Punjab Mental Hospital Lahore 1922-31 - 1922-1931
Year: 1922
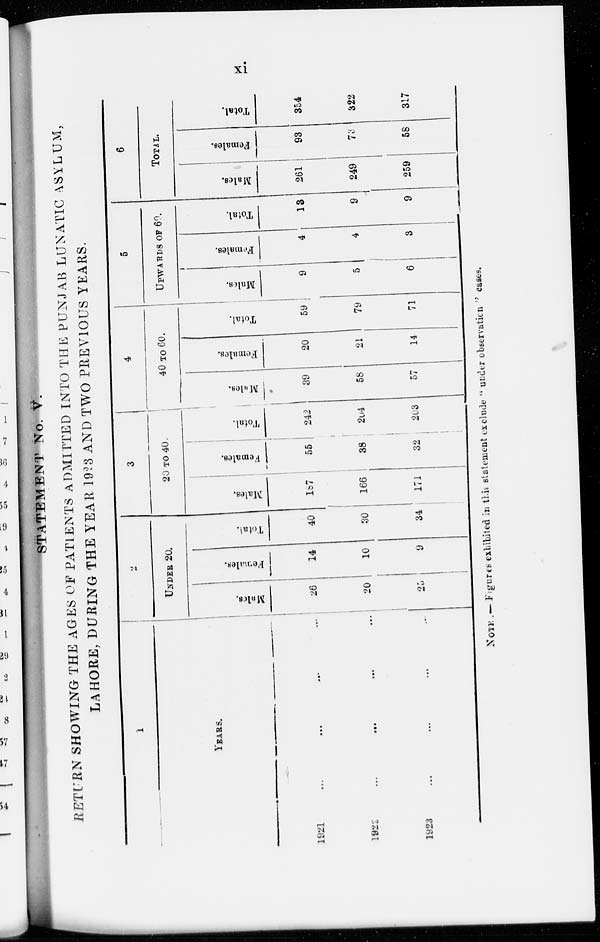
xi
STATEMENT No. V.
RETURN SHOWING THE AGES OF PATIENTS ADMITTED INTO THE PUNJAB LUNATIC ASYLUM,
LAHORE, DURING THE YEAR 1923 AND TWO PREVIOUS YEARS.
1
YEARS.
1921 ... ... ... ...
1922
...
...
...
...
1923
...
...
...
...
2
UNDER 20.
Males.
26
20
25
Females.
14
10
9
Total.
40
30
34
3
20 TO 40.
Males.
187
166
171
Females.
55
38
32
Total.
242
204
203
4
40 TO 60.
Males.
39
58
57
Females.
20
21
14
Total.
59
79
71
5
UPWARDS OF 60.
Males.
9
5
6
Females.
4
4
3
Total.
13
9
9
6
TOTAL.
Males.
261
249
259
Females.
93
73
58
Total.
354
322
317
NOTE .— Figures exhibited in this statement exclude " under observation " cases.